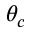
\theta _ { c }